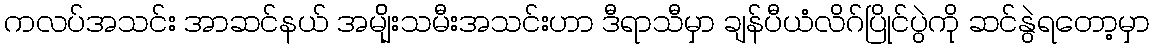
ကလပ်အသင်း အာဆင်နယ် အမျ်ိုးသမီးအသင်းဟာ ဒီရာသီမှာ ချန်ပီယံလိဂ်ပြိုင်ပွဲကို ဆင်နွဲရတော့မှာ